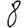
Digit: 8